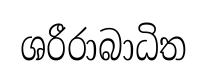
ශරීරාබාධිත